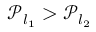
\mathcal { P } _ { l _ { 1 } } > \mathcal { P } _ { l _ { 2 } }